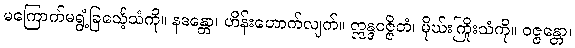
မကြောက်မရွံ့ခြင်္သေ့သံကို။ နဒန္တော၊ ဟိန်းဟောက်လျက်။ ဣန္ဒဝဇ္ဇိတံ၊ မိုဃ်းကြိုးသံကို။ ဝဇ္ဇန္တော၊